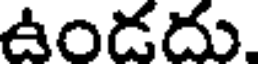
ఉండదు.